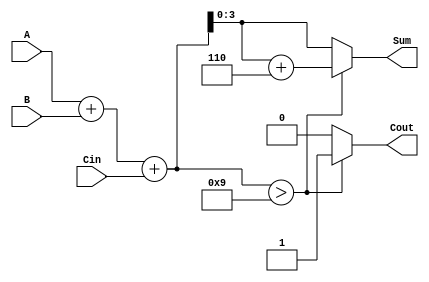
module BCD_Adder (
    input  [3:0] A,     // First BCD digit
    input  [3:0] B,     // Second BCD digit
    input        Cin,    // Carry-in
    output reg [3:0] Sum, // BCD Sum output
    output reg Cout      // Carry-out
);

    // Internal wire to hold the binary sum
    wire [4:0] binary_sum; // 5 bits to accommodate carry
    assign binary_sum = A + B + Cin; // Binary addition

    always @(*) begin
        // Default outputs
        Sum = 4'b0000;
        Cout = 1'b0;

        // Check if the binary sum exceeds 9
        if (binary_sum > 9) begin
            Sum = binary_sum + 4'b0110; // Add 6 for BCD correction
            Cout = 1'b1; // Set carry-out
        end else begin
            Sum = binary_sum[3:0]; // Assign the lower 4 bits as the valid BCD sum
        end
    end

endmodule